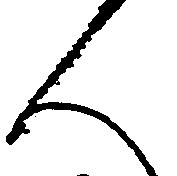
人